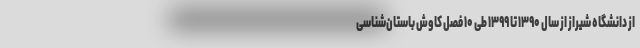
از دانشگاه شیراز از سال ۱۳۹۰ تا ۱۳۹۹ طی ۱۰ فصل کاوش باستان‌شناسی